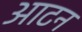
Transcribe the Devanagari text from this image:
आटन